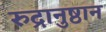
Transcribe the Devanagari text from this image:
रुद्रानुष्ठान